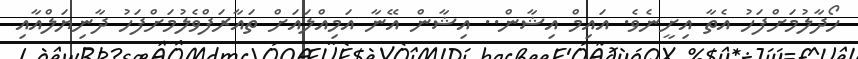
ހޯދާލުމަށްފަހު އެތާ އިށީނެވެ. އައިމް އިޝާން.. އިޝާން އޭނާ އަމިއްލައަށް ތައާރަފްވެލުމަށްފަހު ދާނިޔަލްއާއި